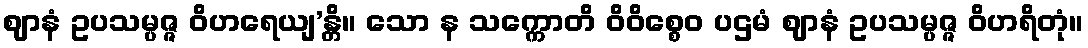
ဈာနံ ဥပသမ္ပဇ္ဇ ဝိဟရေယျ’န္တိ။ သော န သက္ကောတိ ဝိဝိစ္စေဝ ပဌမံ ဈာနံ ဥပသမ္ပဇ္ဇ ဝိဟရိတုံ။